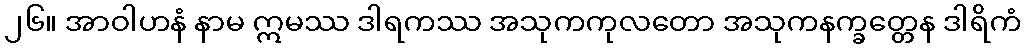
၂၆။ အာဝါဟနံ နာမ ဣမဿ ဒါရကဿ အသုကကုလတော အသုကနက္ခတ္တေန ဒါရိကံ